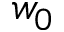
w _ { 0 }